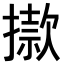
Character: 𢴪